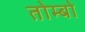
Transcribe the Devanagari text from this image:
तोम्बो